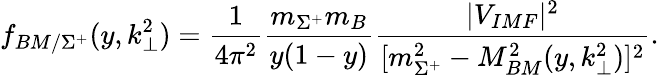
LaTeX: f_{BM/\Sigma^{+}}(y,k_{\perp}^{2})=\frac{1}{4\pi^{2}}\frac{m_{\Sigma^{+}}m_{B}}{y(1-y)}\frac{\vert V_{IMF}\vert^{2}}{[m_{\Sigma^{+}}^{2}-M_{BM}^{2}(y,k_{\perp}^{2})]^{2}}.